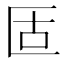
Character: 𠤳